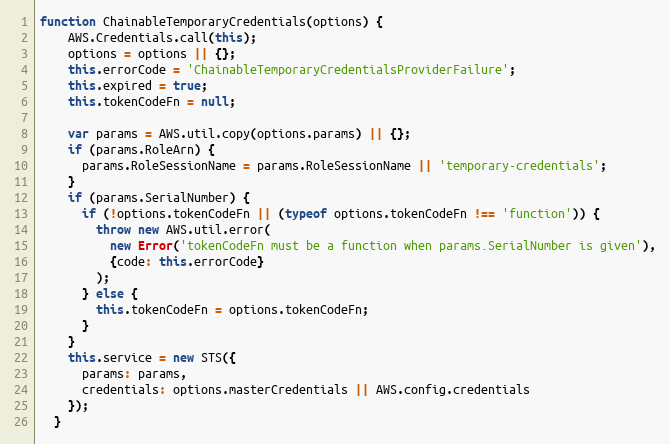
Language: JavaScript
function ChainableTemporaryCredentials(options) {
    AWS.Credentials.call(this);
    options = options || {};
    this.errorCode = 'ChainableTemporaryCredentialsProviderFailure';
    this.expired = true;
    this.tokenCodeFn = null;

    var params = AWS.util.copy(options.params) || {};
    if (params.RoleArn) {
      params.RoleSessionName = params.RoleSessionName || 'temporary-credentials';
    }
    if (params.SerialNumber) {
      if (!options.tokenCodeFn || (typeof options.tokenCodeFn !== 'function')) {
        throw new AWS.util.error(
          new Error('tokenCodeFn must be a function when params.SerialNumber is given'),
          {code: this.errorCode}
        );
      } else {
        this.tokenCodeFn = options.tokenCodeFn;
      }
    }
    this.service = new STS({
      params: params,
      credentials: options.masterCredentials || AWS.config.credentials
    });
  }